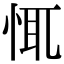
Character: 㤴